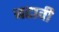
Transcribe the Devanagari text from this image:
बटावी